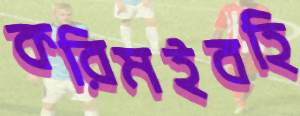
করিমইবহি